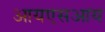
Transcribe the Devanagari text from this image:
आयएसआय